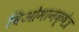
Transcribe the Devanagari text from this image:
विओमानक्षेत्र